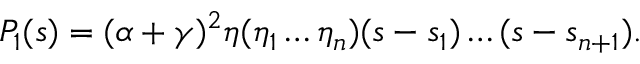
P _ { 1 } ( s ) = ( \alpha + \gamma ) ^ { 2 } \eta ( \eta _ { 1 } \ldots \eta _ { n } ) ( s - s _ { 1 } ) \ldots ( s - s _ { n + 1 } ) .